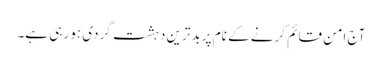
آج امن قائم کرنے کے نام پر بدترین دہشت گردی ہو رہی ہے۔